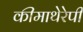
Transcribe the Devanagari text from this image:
कीमाथेरेपी